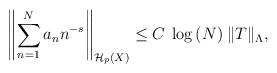
LaTeX: \begin{align*} \left\| \sum_{n=1}^{N}{a_{n} n^{-s}} \right\|_{\mathcal{H}_p(X)} \leq C \: \log{(N)} \: \| T\|_{\Lambda}, \end{align*}